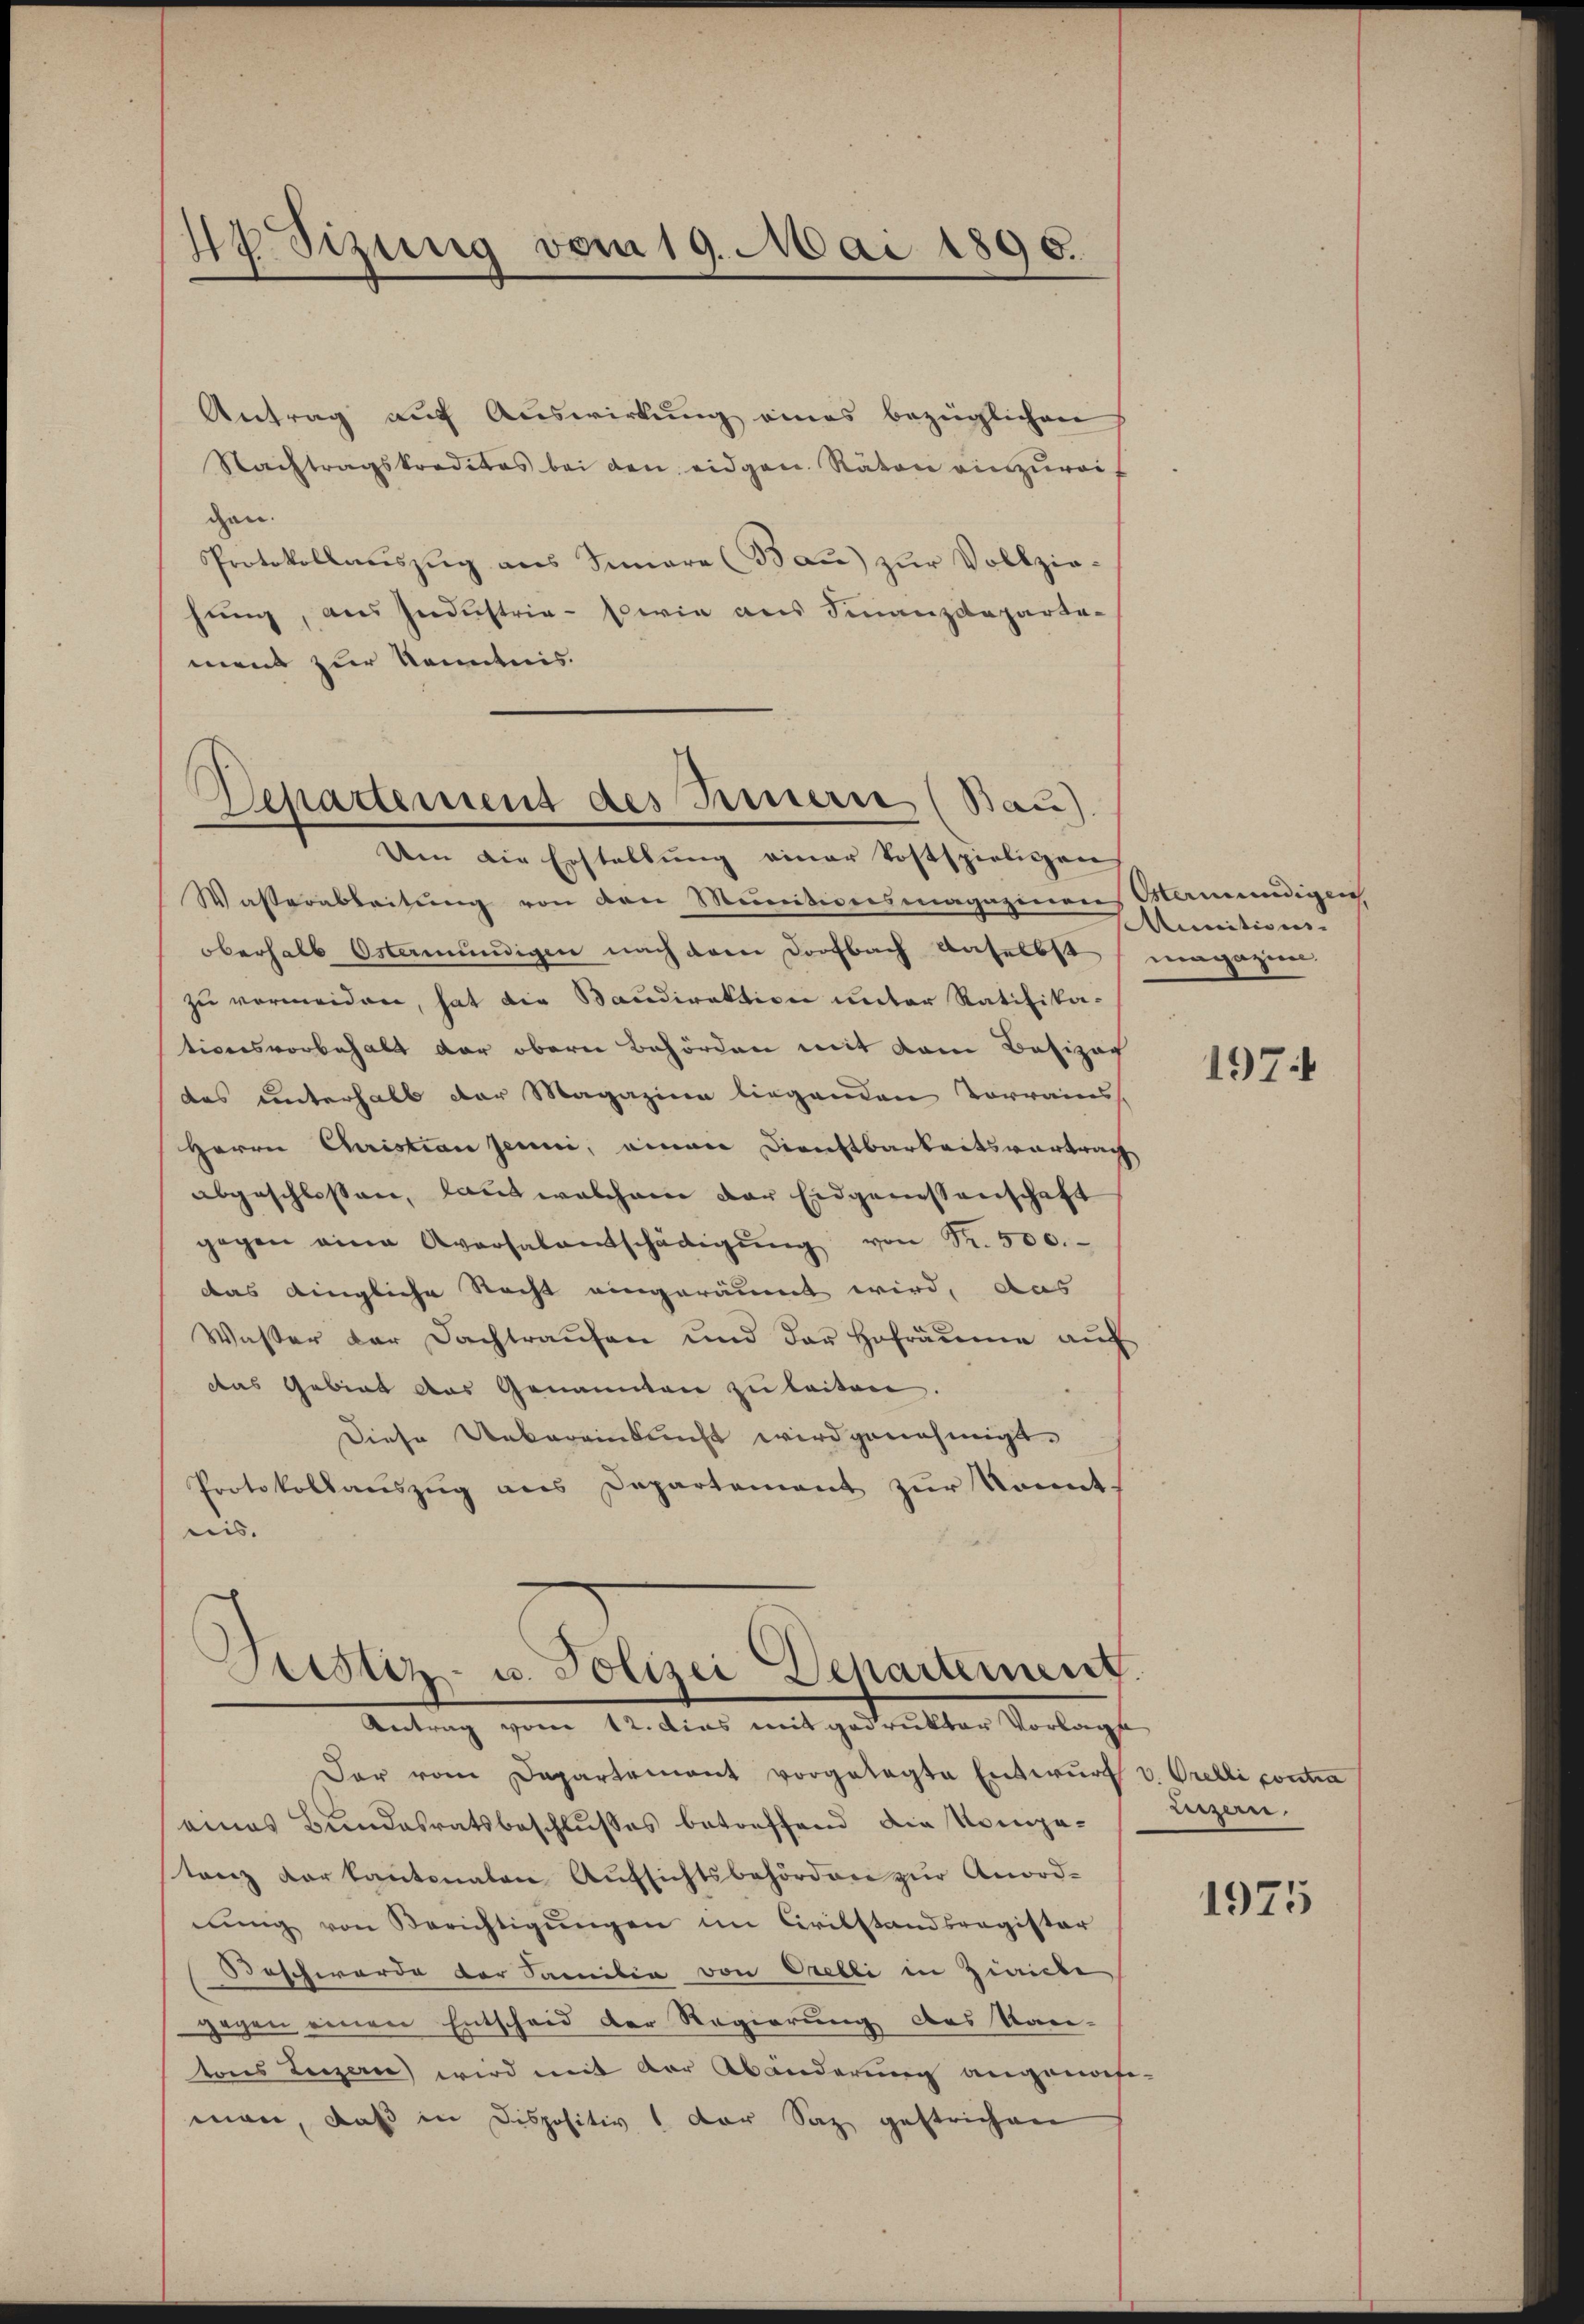
HSizung vom 19. Mai 1896.

Antrag auf Auswirkung eines bezüglichen
Nachtragskreditas bei den eidgen. Räten einzureigen.
PProtokollaŭszŭg aŭs Innere (Baŭ) zŭr Vollziehung, aus Industria - sowie aus Finanzdepartement zur Kenntnis.

Departement des Innern (Bau).

Um die Erstellung einer Kostspieligen
Wasserableitung von den Munitionsmagazinen Vormundigen
oberhalb Östermündigen nach dem Dorfbach Anselbst
zu vermeiden, hat die Baudirektion unter Ratifika-
tionsvorbehalt der obern Behörden mit dem Besizoc
das unterhalb der Magazine liegenden Vorrains
Herrn Christian Jenni, einen Dienstbarkeitsvortrag
abgeschlossen, laut welchem der Eidgerissenschaft
gegen eine Aversalentschädigŭng von Nr. 500.
das dingliche Recht eingeräumt wird, das
Wasser der Dachtraufen und der Hofräume aŭf
das Gebiet das Genannten zu leiten.
Diese Uebereinkunft wird genehmigt.
Protokollauszug aus Departement zur kannt.
nis.

Justiz- u. Polizei Departement.
Antrag vom 12. dies mit gedruktor Vorlage

Aenitions-
magazin.

Der vom Departement vorgelegte Entwŭrf v. Orelli contra
eines Bundesratsbeschlußes betreffend die Kompestanz der kantonalen Aufsichtsbehörden zur Anord-
nŭng von Berichtigŭngen im Civilstandsregister
Beschwerde der Familia von Orelli in Zivilbe
gegen einen Entscheid der Regierung des Kan-
tons Luzern) wird mit der Abänderung angenomm
man, daß in Dispositiv der Saz gestrichen

197

essern.

1975